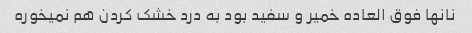
نانها فوق العاده خمیر و سفید بود به درد خشک کردن هم نمیخوره